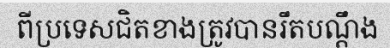
ពីប្រទេសជិតខាងត្រូវបានរឹតបណ្តឹង